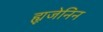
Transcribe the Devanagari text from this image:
ह्यूजेनिन